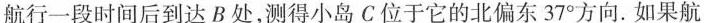
航行一段时间后到达B处，测得小岛C位于它的北偏东37^{\circ}方向.如果航